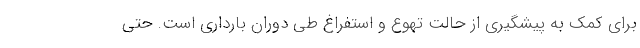
برای کمک به پیشگیری از حالت تهوع و استفراغ طی دوران بارداری است. حتی